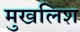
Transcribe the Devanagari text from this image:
मुखलिश